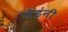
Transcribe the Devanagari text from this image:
पेइंनी